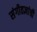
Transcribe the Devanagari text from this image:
संगीतज्ञांची